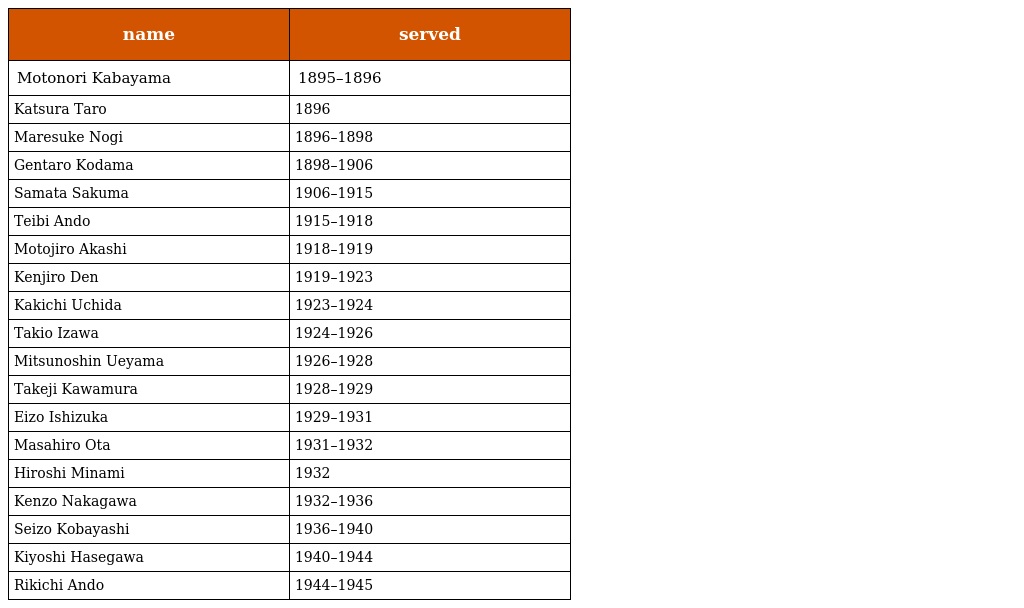
| name | served |
 | --- | --- |
 | Motonori Kabayama | 1895–1896 |
 | Katsura Taro | 1896 |
 | Maresuke Nogi | 1896–1898 |
 | Gentaro Kodama | 1898–1906 |
 | Samata Sakuma | 1906–1915 |
 | Teibi Ando | 1915–1918 |
 | Motojiro Akashi | 1918–1919 |
 | Kenjiro Den | 1919–1923 |
 | Kakichi Uchida | 1923–1924 |
 | Takio Izawa | 1924–1926 |
 | Mitsunoshin Ueyama | 1926–1928 |
 | Takeji Kawamura | 1928–1929 |
 | Eizo Ishizuka | 1929–1931 |
 | Masahiro Ota | 1931–1932 |
 | Hiroshi Minami | 1932 |
 | Kenzo Nakagawa | 1932–1936 |
 | Seizo Kobayashi | 1936–1940 |
 | Kiyoshi Hasegawa | 1940–1944 |
 | Rikichi Ando | 1944–1945 |